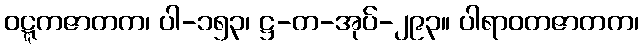
ဝဋ္ဋကဇာတက၊ ပါ-၁၅၃၊ ဋ္ဌ-တ-အုပ်-၂၉၃။ ပါရာဝတဇာတက၊